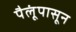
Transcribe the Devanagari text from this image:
पैलूंपासून